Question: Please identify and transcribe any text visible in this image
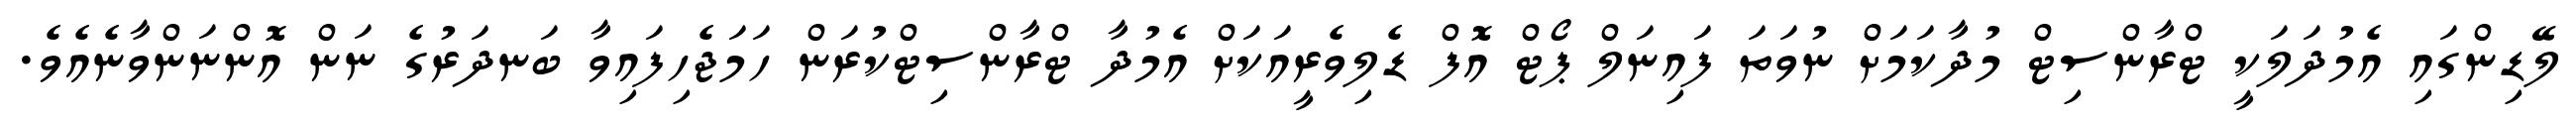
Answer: ލޭޑިންގައި އެމުދަލަކީ ޓްރާންސިޓް މުދާކަމަށް ނުވަތަ ފައިނަލް ޕޯޓް އޮފް ޑެލިވެރީއަކަށް އެމުދާ ޓްރާންސިޓްކުރަން ހަމަޖެހިފައިވާ ބަނދަރުގެ ނަން އޮންނަންވާނެއެވެ.